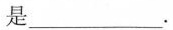
是___。